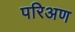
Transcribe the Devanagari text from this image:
परिअण